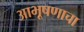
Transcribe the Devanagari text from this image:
आभूषणाचा